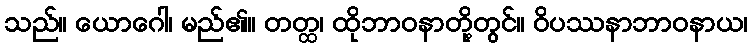
သည်။ ယောဂေါ၊ မည်၏။ တတ္ထ၊ ထိုဘာဝနာတို့တွင်။ ဝိပဿနာဘာဝနာယ၊